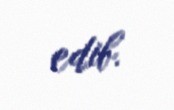
edib.